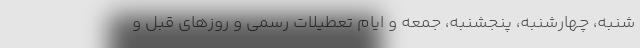
شنبه، چهارشنبه، پنجشنبه، جمعه و ایام تعطیلات رسمی و روز‌های قبل و